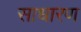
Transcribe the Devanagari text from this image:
साधारण्‍ा